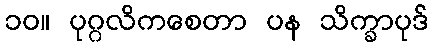
၁၀။ ပုဂ္ဂလိကစေတာ ပန သိက္ခာပုဒ်